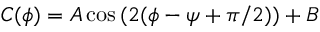
C ( \phi ) = A \cos { ( 2 ( \phi - \psi + \pi / 2 ) ) } + B